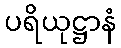
ပရိယုဋ္ဌာနံ